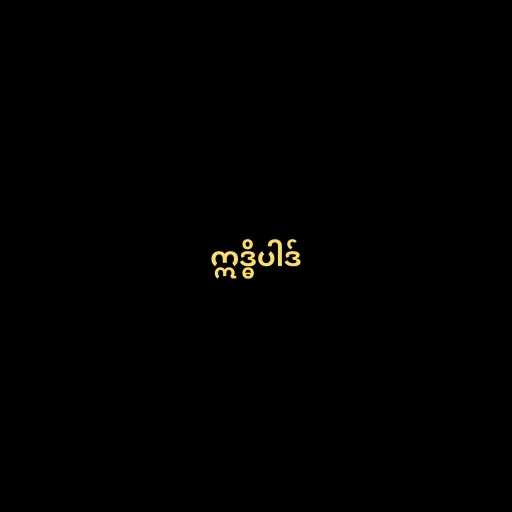
ဣဒ္ဓိပါဒ်